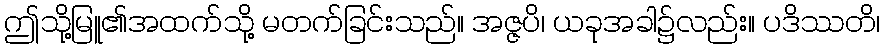
ဤသို့မြူ၏အထက်သို့ မတက်ခြင်းသည်။ အဇ္ဇပိ၊ ယခုအခါ၌လည်း။ ပဒိဿတိ၊